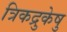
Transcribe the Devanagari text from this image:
त्रिकद्रुकेषु